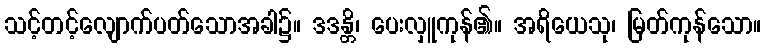
သင့်တင့်လျောက်ပတ်သောအခါ၌။ ဒဒန္တိ၊ ပေးလှူကုန်၏။ အရိယေသု၊ မြတ်ကုန်သော။